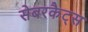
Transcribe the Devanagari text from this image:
सेबरकैट्स